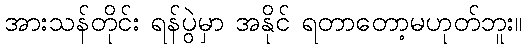
အားသန်တိုင်း ရန်ပွဲမှာ အနိုင် ရတာတော့မဟုတ်ဘူး။